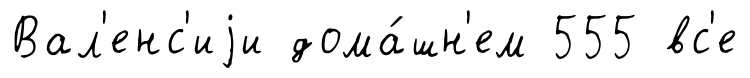
Вал'енс'иjи дома́шн'ем 555 вс'е